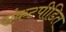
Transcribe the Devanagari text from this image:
संकटपीडित